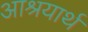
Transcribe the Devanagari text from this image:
आश्रयार्थ